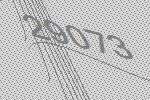
29073